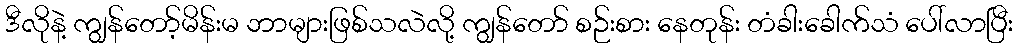
ဒီလိုနဲ့ ကျွန်တော့်မိန်းမ ဘာများဖြစ်သလဲလို့ ကျွန်တော် စဉ်းစား နေတုန်း တံခါးခေါက်သံ ပေါ်လာပြီး